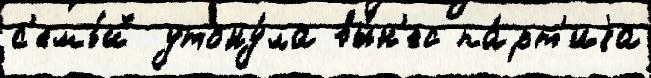
с'емь́й утону́ла вы́н'ес па́рт'иjа